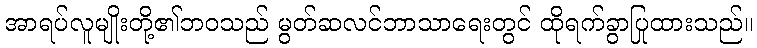
အာရပ်လူမျိုးတို့၏ဘဝသည် မွတ်ဆလင်ဘာသာရေးတွင် ထိုရက်ခွာပြုထားသည်။